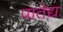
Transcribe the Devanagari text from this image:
पातेद्य